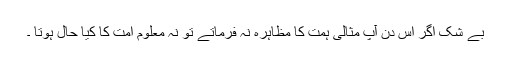
بے شک اگر اس دن آپ مثالی ہمت کا مظاہرہ نہ فرماتے تو نہ معلوم امت کا کیا حال ہوتا ۔